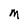
Character: M